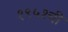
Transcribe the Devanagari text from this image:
१९५१ची